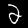
Digit: 2